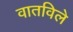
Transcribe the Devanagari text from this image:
वातविले